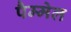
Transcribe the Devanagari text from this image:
पैम्मेल